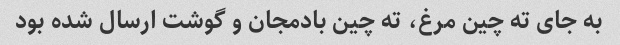
به جای ته چین مرغ، ته چین بادمجان و گوشت ارسال شده بود